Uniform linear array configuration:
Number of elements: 24
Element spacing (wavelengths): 0.5
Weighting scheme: exponential
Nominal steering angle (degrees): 0
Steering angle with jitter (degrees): -0.5868
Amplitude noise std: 0.05
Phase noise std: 0.05

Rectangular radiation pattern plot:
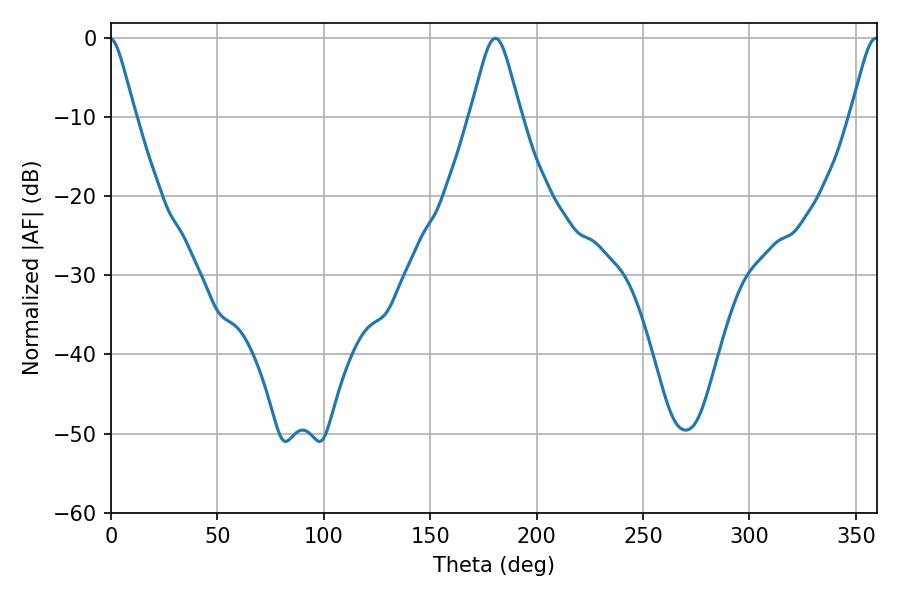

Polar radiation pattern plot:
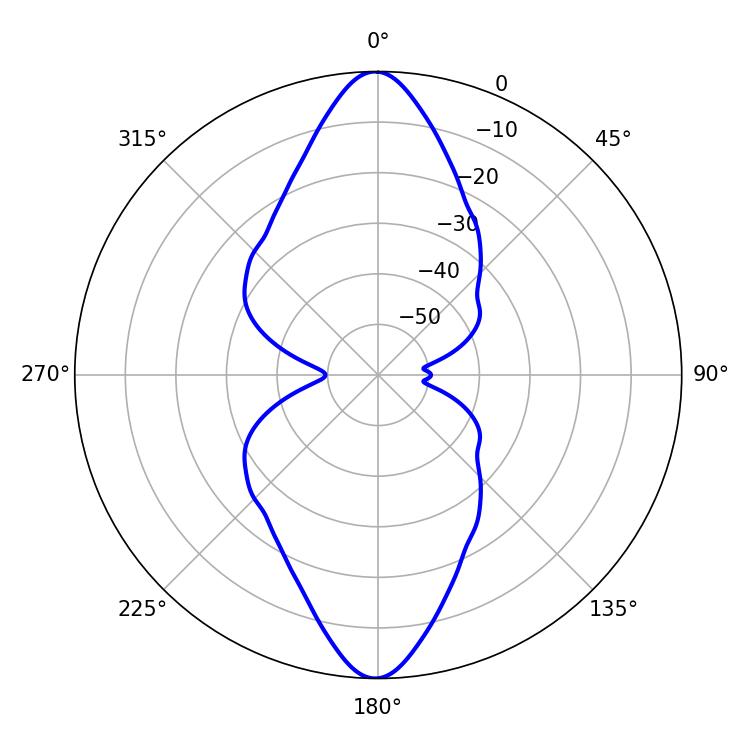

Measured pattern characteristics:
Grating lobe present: FALSE
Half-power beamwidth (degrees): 11.34
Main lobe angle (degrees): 180.54